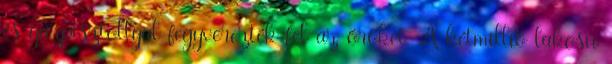
és gázpisztollyal fegyverezték fel az őröket. A kétmillió lakosú